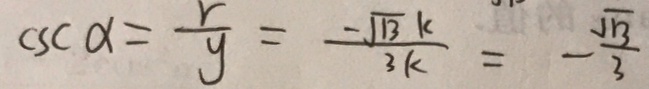
\cos c \alpha = \frac { r } { y } = \frac { - \sqrt { 3 } k } { 3 k } = - \frac { \sqrt { 1 3 } } { 3 }